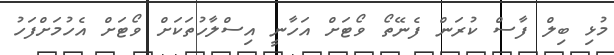
މުޅި ބިލް ފާސް ކުރަން ފެނޭތޯ ވޯޓަށް އަހާނީ އިސްލާހުތަކަށް ވޯޓަށް އެހުމަށްފަހު